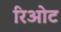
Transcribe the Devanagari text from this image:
रिओट